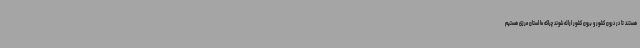
هستند تا در درون کشور و برون کشور ارائه شوند چراکه ما استان مرزی هستیم